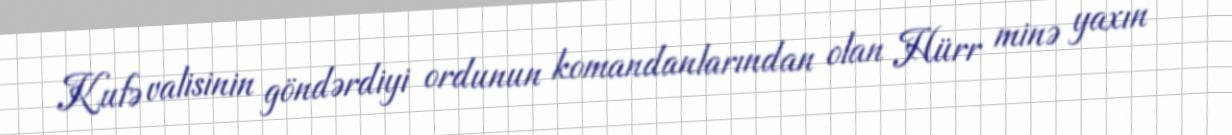
Kufə valisinin göndərdiyi ordunun komandanlarından olan Hürr minə yaxın